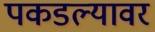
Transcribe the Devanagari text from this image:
पकडल्यावर